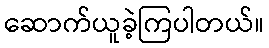
ဆောက်ယူခဲ့ကြပါတယ်။